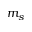
m _ { s }